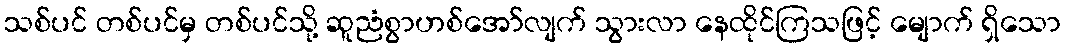
သစ်ပင် တစ်ပင်မှ တစ်ပင်သို့ ဆူညံစွာဟစ်အော်လျက် သွားလာ နေထိုင်ကြသဖြင့် မျောက် ရှိသော